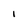
Character: i